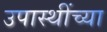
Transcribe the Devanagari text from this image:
उपास्थींच्या